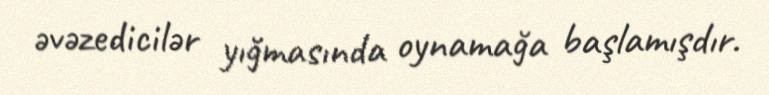
əvəzedicilər yığmasında oynamağa başlamışdır.